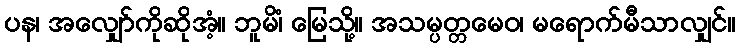
ပန၊ အလျှော်ကိုဆိုအံ့။ ဘူမိံ၊ မြေသို့။ အသမ္ပတ္တမေဝ၊ မရောက်မီသာလျှင်။